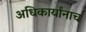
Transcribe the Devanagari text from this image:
अधिकार्यांनाच